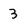
Character: 3